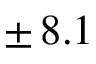
\pm \, 8 . 1